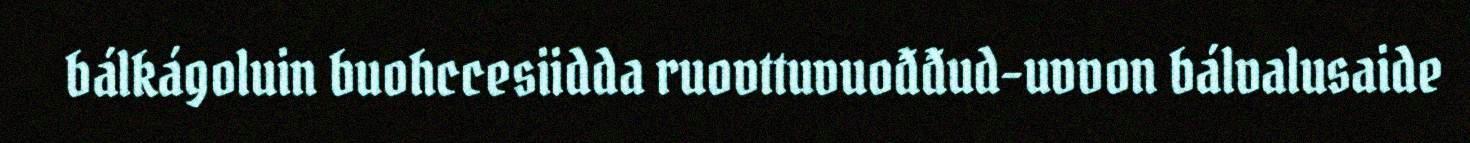
bálkágoluin buohccesiidda ruovttuvuođđud-uvvon bálvalusaide